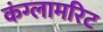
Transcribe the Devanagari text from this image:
कंग्लामरिट